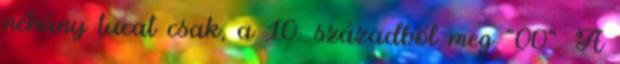
néhány tucat csak, a 10. századból meg "00". A